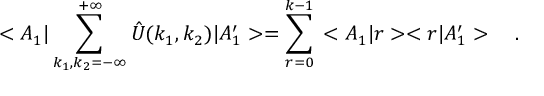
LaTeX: < A _ { 1 } | \sum _ { k _ { 1 } , k _ { 2 } = - \infty } ^ { + \infty } \hat { U } ( k _ { 1 } , k _ { 2 } ) | A _ { 1 } ^ { \prime } > = \sum _ { r = 0 } ^ { k - 1 } \, < A _ { 1 } | r > < r | A _ { 1 } ^ { \prime } > \ \ \ .